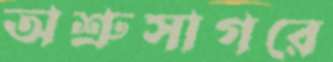
অশ্রুসাগরে